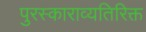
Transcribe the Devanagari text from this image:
पुरस्काराव्यतिरिक्त